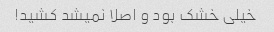
خیلی خشک بود و اصلا نمیشد کشید!